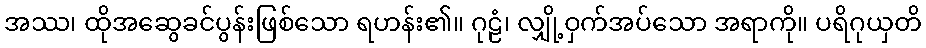
အဿ၊ ထိုအဆွေခင်ပွန်းဖြစ်သော ရဟန်း၏။ ဂုဠံ၊ လျှို့ဝှက်အပ်သော အရာကို။ ပရိဂုယှတိ